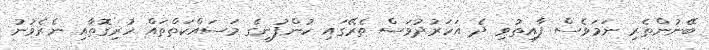
ބޭނުންތެރި ނަމަވެސް ފާއިތުވި ދެ އަހަރުދުވަސް ތެރޭގައި ކުންފުނީގެ މަސައްކަތްތައް ހުރިގޮތާއި ނެރެވުނު